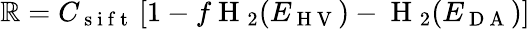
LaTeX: \mathbb{R}=C_{\mathrm{{~s~i~f~t~}}}\left[1-f\mathrm{{~H~}}_{2}(E_{\mathrm{{~H~V~}}})-\mathrm{{~H~}}_{2}(E_{\mathrm{{~D~A~}}})\right]